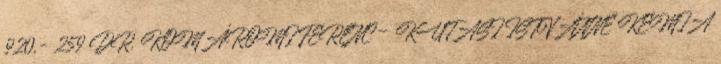
920,- 259 DR. KOMÁROMI FERENC – KUTASI ISTVÁNNÉ KÉMIA